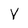
Character: Y